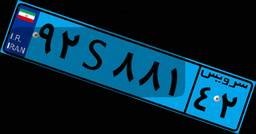
۴۶S۵۳۰۷۴